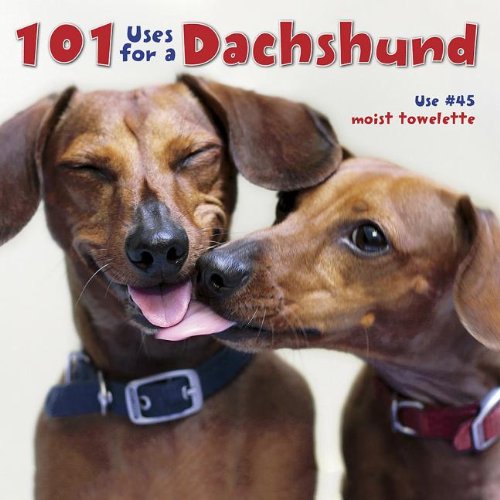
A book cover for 101 Uses For A Dachshund; Willow Creek Press; Humor & Entertainment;